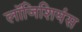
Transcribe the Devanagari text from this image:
लॉजिशियंस